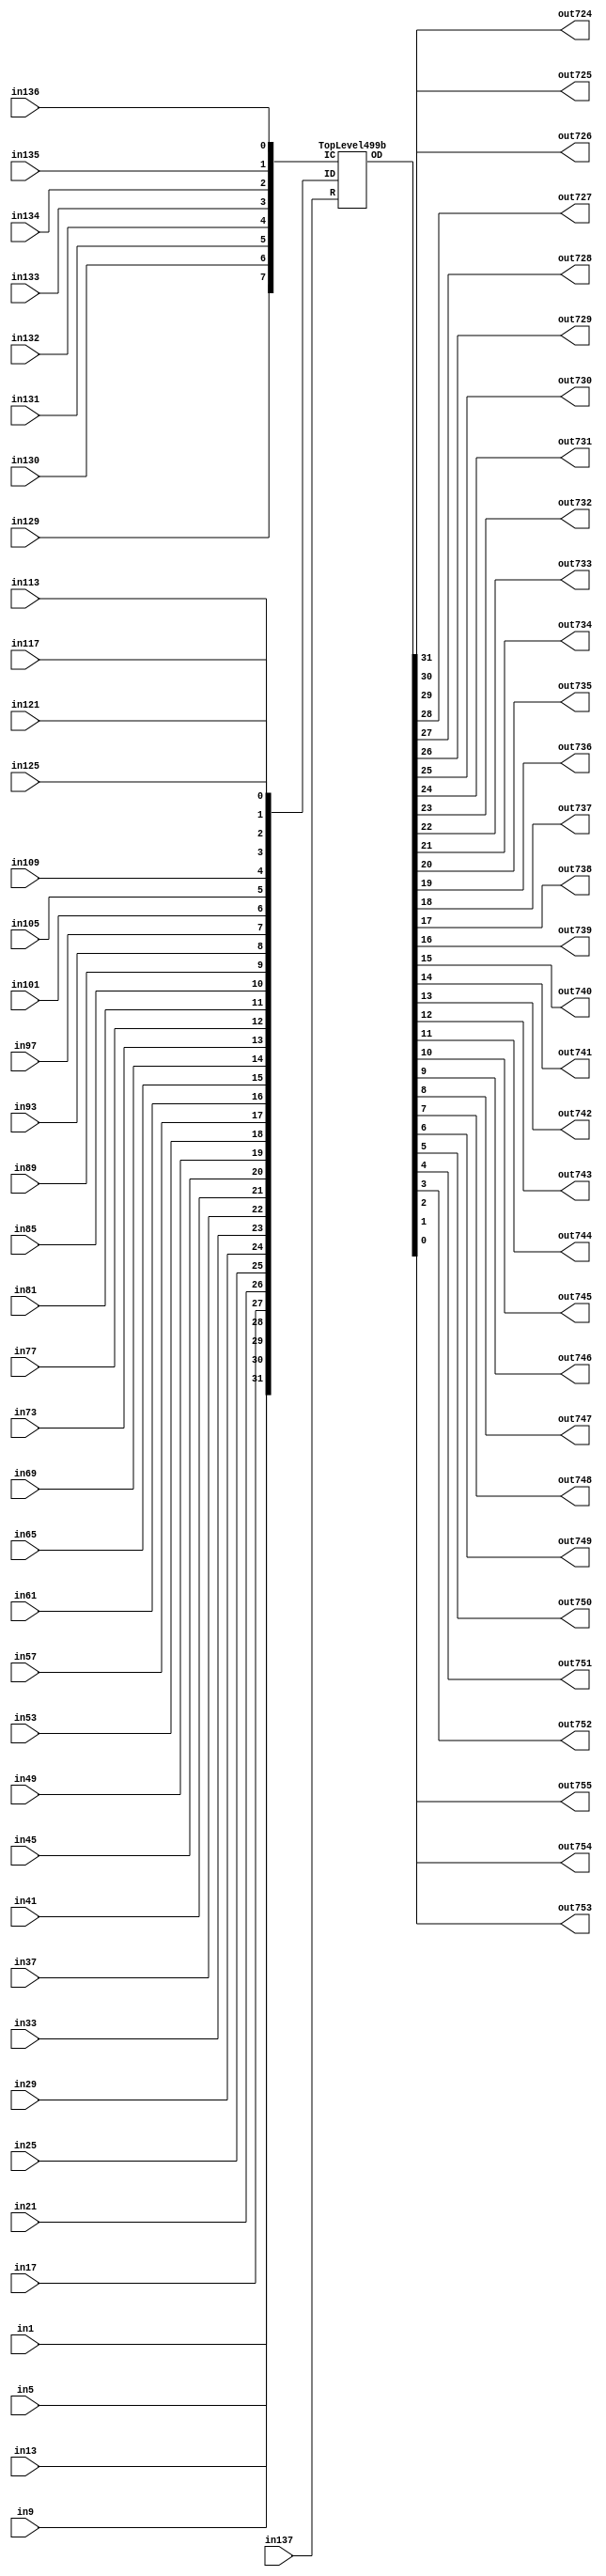
/****************************************************************************
 *                                                                          *
 *  VERILOG BEHAVIORAL DESCRIPTION OF THE ISCAS-85 BENCHMARK CIRCUIT c499   *
 *                                                                          *
 *  Function: Single-Error-Correcting Circuit                               *
 *                                                                          *
 *  Written by: Mark C. Hansen                                              *
 *                                                                          *
 *                                                                          *
 ****************************************************************************/

module Circuit499 (in1, in5, in9, in13, in17, in21, in25, in29, 
             in33, in37, in41, in45, in49, in53, in57, in61,
             in65, in69, in73, in77, in81, in85, in89, in93,
             in97, in101, in105, in109, in113, in117, in121, in125,
             in129, in130, in131, in132, in133, in134, in135, in136,
             in137,
             out724, out725, out726, out727, out728, out729, out730, out731,
             out732, out733, out734, out735, out736, out737, out738, out739, 
             out740, out741, out742, out743, out744, out745, out746, out747, 
             out748, out749, out750, out751, out752, out753, out754, out755);

  input      in1, in5, in9, in13, in17, in21, in25, in29, 
             in33, in37, in41, in45, in49, in53, in57, in61,
             in65, in69, in73, in77, in81, in85, in89, in93,
             in97, in101, in105, in109, in113, in117, in121, in125,
             in129, in130, in131, in132, in133, in134, in135, in136,
             in137;
  output     out724, out725, out726, out727, out728, out729, out730, out731,
             out732, out733, out734, out735, out736, out737, out738, out739, 
             out740, out741, out742, out743, out744, out745, out746, out747, 
             out748, out749, out750, out751, out752, out753, out754, out755;


  wire [0:31]   ID, OD;
  wire [0:7]    IC;
  wire          R;

  assign
      ID[0:31] = { in1, in5, in9, in13, in17, in21, in25, in29, 
             in33, in37, in41, in45, in49, in53, in57, in61,
             in65, in69, in73, in77, in81, in85, in89, in93,
             in97, in101, in105, in109, in113, in117, in121, in125},
      IC[0:7] = { in129, in130, in131, in132, in133, in134, in135, in136},
      R = in137,
      OD[0:31] = { 
             out724, out725, out726, out727, out728, out729, out730, out731,
             out732, out733, out734, out735, out736, out737, out738, out739, 
             out740, out741, out742, out743, out744, out745, out746, out747, 
             out748, out749, out750, out751, out752, out753, out754, out755};
	
  TopLevel499b Ckt499b (ID, IC, R, OD);

endmodule /* Circuit499 */

/*************************************************************************/

module  TopLevel499b (ID, IC, R, OD);

  input[0:31]   ID;
  input[0:7]    IC;
  input          R;
  output[0:31]  OD;

  wire[0:7]      S;

  Syndrome M1(S, R, IC, ID);
  Correction M2(OD, S, ID);

endmodule /* TopLevel499b */

/*************************************************************************/

module Syndrome (S, R, IC, ID);

  input[0:31]   ID;
  input[0:7]    IC;
  input         R;
  output[0:7]   S;
  
assign S[0] = (ID[0] ^ ID[4] ^ ID[8] ^ ID[12]) ^ 
              (ID[16] ^ ID[17] ^ ID[18] ^ ID[19]) ^
              (ID[20] ^ ID[21] ^ ID[22] ^ ID[23]) ^
              (R & IC[0]);
assign S[1] = (ID[1] ^ ID[5] ^ ID[9] ^ ID[13]) ^ 
              (ID[24] ^ ID[25] ^ ID[26] ^ ID[27]) ^
              (ID[28] ^ ID[29] ^ ID[30] ^ ID[31]) ^
              (R & IC[1]);
assign S[2] = (ID[2] ^ ID[6] ^ ID[10] ^ ID[14]) ^ 
              (ID[16] ^ ID[17] ^ ID[18] ^ ID[19]) ^
              (ID[24] ^ ID[25] ^ ID[26] ^ ID[27]) ^
              (R & IC[2]);
assign S[3] = (ID[3] ^ ID[7] ^ ID[11] ^ ID[15]) ^ 
              (ID[20] ^ ID[21] ^ ID[22] ^ ID[23]) ^
              (ID[28] ^ ID[29] ^ ID[30] ^ ID[31]) ^
              (R & IC[3]);
assign S[4] = (ID[16] ^ ID[20] ^ ID[24] ^ ID[28]) ^ 
              (ID[0] ^ ID[1] ^ ID[2] ^ ID[3]) ^
              (ID[4] ^ ID[5] ^ ID[6] ^ ID[7]) ^
              (R & IC[4]);
assign S[5] = (ID[17] ^ ID[21] ^ ID[25] ^ ID[29]) ^ 
              (ID[8] ^ ID[9] ^ ID[10] ^ ID[11]) ^
              (ID[12] ^ ID[13] ^ ID[14] ^ ID[15]) ^
              (R & IC[5]);
assign S[6] = (ID[18] ^ ID[22] ^ ID[26] ^ ID[30]) ^ 
              (ID[0] ^ ID[1] ^ ID[2] ^ ID[3]) ^
              (ID[8] ^ ID[9] ^ ID[10] ^ ID[11]) ^
              (R & IC[6]);
assign S[7] = (ID[19] ^ ID[23] ^ ID[27] ^ ID[31]) ^ 
              (ID[4] ^ ID[5] ^ ID[6] ^ ID[7]) ^
              (ID[12] ^ ID[13] ^ ID[14] ^ ID[15]) ^
              (R & IC[7]);

endmodule /* Syndrome */

/*************************************************************************/

module Correction (OD, S, ID);

  input[0:31]   ID;
  input[0:7]    S;
  output[0:31]  OD;

assign OD[0] = (S[0] & ~S[1] & ~S[2] & ~S[3] & S[4] & ~S[5] & S[6] & ~S[7]) 
               ^ ID[0];
assign OD[1] = (~S[0] & S[1] & ~S[2] & ~S[3] & S[4] & ~S[5] & S[6] & ~S[7]) 
               ^ ID[1];
assign OD[2] = (~S[0] & ~S[1] & S[2] & ~S[3] & S[4] & ~S[5] & S[6] & ~S[7]) 
               ^ ID[2];
assign OD[3] = (~S[0] & ~S[1] & ~S[2] & S[3] & S[4] & ~S[5] & S[6] & ~S[7]) 
               ^ ID[3];
assign OD[4] = (S[0] & ~S[1] & ~S[2] & ~S[3] & S[4] & ~S[5] & ~S[6] & S[7]) 
               ^ ID[4];
assign OD[5] = (~S[0] & S[1] & ~S[2] & ~S[3] & S[4] & ~S[5] & ~S[6] & S[7]) 
               ^ ID[5];
assign OD[6] = (~S[0] & ~S[1] & S[2] & ~S[3] & S[4] & ~S[5] & ~S[6] & S[7]) 
               ^ ID[6];
assign OD[7] = (~S[0] & ~S[1] & ~S[2] & S[3] & S[4] & ~S[5] & ~S[6] & S[7]) 
               ^ ID[7];
assign OD[8] = (S[0] & ~S[1] & ~S[2] & ~S[3] & ~S[4] & S[5] & S[6] & ~S[7]) 
               ^ ID[8];
assign OD[9] = (~S[0] & S[1] & ~S[2] & ~S[3] & ~S[4] & S[5] & S[6] & ~S[7]) 
               ^ ID[9];
assign OD[10] = (~S[0] & ~S[1] & S[2] & ~S[3] & ~S[4] & S[5] & S[6] & ~S[7]) 
               ^ ID[10];
assign OD[11] = (~S[0] & ~S[1] & ~S[2] & S[3] & ~S[4] & S[5] & S[6] & ~S[7]) 
               ^ ID[11];
assign OD[12] = (S[0] & ~S[1] & ~S[2] & ~S[3] & ~S[4] & S[5] & ~S[6] & S[7]) 
               ^ ID[12];
assign OD[13] = (~S[0] & S[1] & ~S[2] & ~S[3] & ~S[4] & S[5] & ~S[6] & S[7]) 
               ^ ID[13];
assign OD[14] = (~S[0] & ~S[1] & S[2] & ~S[3] & ~S[4] & S[5] & ~S[6] & S[7]) 
               ^ ID[14];
assign OD[15] = (~S[0] & ~S[1] & ~S[2] & S[3] & ~S[4] & S[5] & ~S[6] & S[7]) 
               ^ ID[15];
assign OD[16] = (S[4] & ~S[5] & ~S[6] & ~S[7] & S[0] & ~S[1] & S[2] & ~S[3]) 
               ^ ID[16];
assign OD[17] = (~S[4] & S[5] & ~S[6] & ~S[7] & S[0] & ~S[1] & S[2] & ~S[3]) 
               ^ ID[17];
assign OD[18] = (~S[4] & ~S[5] & S[6] & ~S[7] & S[0] & ~S[1] & S[2] & ~S[3]) 
               ^ ID[18];
assign OD[19] = (~S[4] & ~S[5] & ~S[6] & S[7] & S[0] & ~S[1] & S[2] & ~S[3]) 
               ^ ID[19];
assign OD[20] = (S[4] & ~S[5] & ~S[6] & ~S[7] & S[0] & ~S[1] & ~S[2] & S[3]) 
               ^ ID[20];
assign OD[21] = (~S[4] & S[5] & ~S[6] & ~S[7] & S[0] & ~S[1] & ~S[2] & S[3]) 
               ^ ID[21];
assign OD[22] = (~S[4] & ~S[5] & S[6] & ~S[7] & S[0] & ~S[1] & ~S[2] & S[3]) 
               ^ ID[22];
assign OD[23] = (~S[4] & ~S[5] & ~S[6] & S[7] & S[0] & ~S[1] & ~S[2] & S[3]) 
               ^ ID[23];
assign OD[24] = (S[4] & ~S[5] & ~S[6] & ~S[7] & ~S[0] & S[1] & S[2] & ~S[3]) 
               ^ ID[24];
assign OD[25] = (~S[4] & S[5] & ~S[6] & ~S[7] & ~S[0] & S[1] & S[2] & ~S[3]) 
               ^ ID[25];
assign OD[26] = (~S[4] & ~S[5] & S[6] & ~S[7] & ~S[0] & S[1] & S[2] & ~S[3]) 
               ^ ID[26];
assign OD[27] = (~S[4] & ~S[5] & ~S[6] & S[7] & ~S[0] & S[1] & S[2] & ~S[3]) 
               ^ ID[27];
assign OD[28] = (S[4] & ~S[5] & ~S[6] & ~S[7] & ~S[0] & S[1] & ~S[2] & S[3]) 
               ^ ID[28];
assign OD[29] = (~S[4] & S[5] & ~S[6] & ~S[7] & ~S[0] & S[1] & ~S[2] & S[3]) 
               ^ ID[29];
assign OD[30] = (~S[4] & ~S[5] & S[6] & ~S[7] & ~S[0] & S[1] & ~S[2] & S[3]) 
               ^ ID[30];
assign OD[31] = (~S[4] & ~S[5] & ~S[6] & S[7] & ~S[0] & S[1] & ~S[2] & S[3]) 
               ^ ID[31];

endmodule /* Correction */